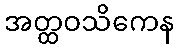
အတ္ထဝသိကေန